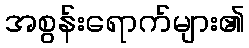
အစွန်းရောက်များ၏